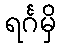
ရင်္ဂမှိ